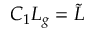
C _ { 1 } L _ { g } = \tilde { L }